Report on the cholera epidemic of
Year: 1868
Disease focus: Cholera
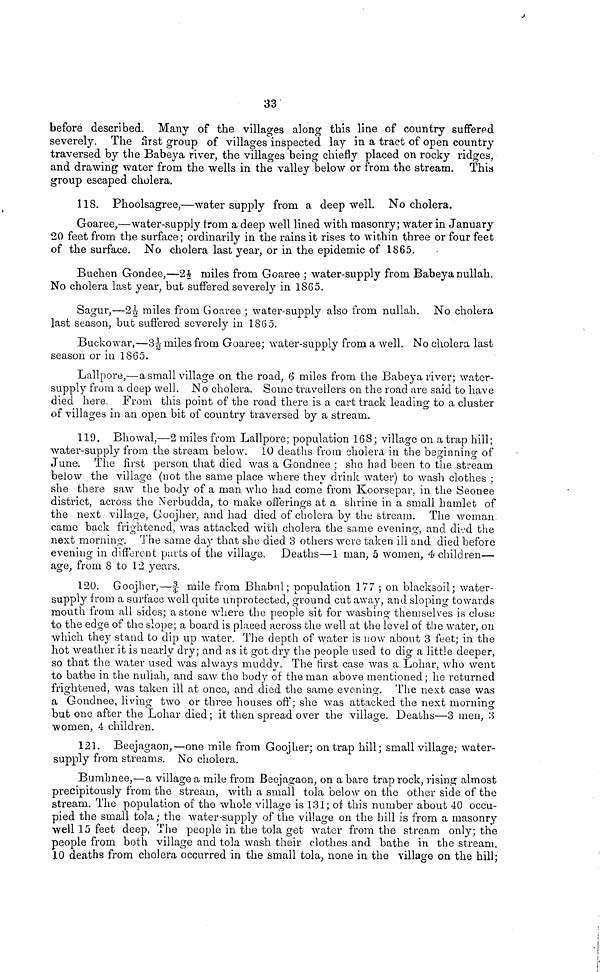
33
before described. Many of the villages along this line of country suffered
severely. The first group of villages inspected lay in a tract of open country
traversed by the Babeya river, the villages being chiefly placed on rocky ridges,
and drawing water from the wells in the valley below or from the stream. This
group escaped cholera.
118. Phoolsagree,—water supply from a deep well. No cholera.
Goaree,—water-supply from a deep well lined with masonry; water in January
20 feet from the surface; ordinarily in the rains it rises to within three or four feet
of the surface. No cholera last year, or in the epidemic of 1865.
Buchen Gondee,—2½ miles from Goaree ; water-supply from Babeya nullah.
No cholera last year, but suffered severely in 1865.
Sagur,—2½ miles from Goaree ; water-supply also from nullah. No cholera
last season, but suffered severely in 1865.
Bucko war,—3½ miles from Goaree; water-supply from a well. No cholera last-
season or in 1865.
Lallpore,—a small village on the road, 6 miles from the Babeya river; water-
supply from a deep well. No cholera. Some travellers on the road are said to have
died here. From this point of the road there is a cart track leading to a cluster
of villages in an open bit of country traversed by a stream.
119. Bhowal,—2 miles from Lallpore; population 168; village on a trap hill;
water-supply from the stream below. 10 deaths from cholera in the beginning of
June. The first person that died was a Gondnee ; she had been to the stream
below the village (not the same place where they drink water) to wash clothes ;
she there saw the body of a man who had come from Koorsepar, in the Seonee
district, across the Nerbudda, to make offerings at a shrine in a small hamlet of
the next village, Goojher, and had died of cholera by the stream. The woman
came back frightened, was attacked with cholera the same evening, and died the
next morning. The same day that she died 3 others were taken ill and died before
evening in different parts of the village. Deaths—1 man, 5 women, 4 children—
age, from 8 to 12 years.
120. Goojher,—¾ mile from Bhabul; population 177 ; on blacksoil; water-
supply from a surface well quite unprotected, ground cut away, and sloping towards
mouth from all sides; a stone where the people sit for washing themselves is close
to the edge of the slope; a board is placed across the well at the level of the water, on
which they stand to dip up water. The depth of water is now about 3 feet; in the
hot weather it is nearly dry; and as it got dry the people used to dig a little deeper,
so that the water used was always muddy. The first case was a Lohar, who went
to bathe in the nullah, and saw the body of the man above mentioned; he returned
frightened, was taken ill at once, and died the same evening. The next case was
a Goridnee, living two or three houses off ; she was attacked the next morning
but one after the Lohar died ; it then spread over the village. Deaths—3 men, 3
women, 4 children.
121. Beejagaon,—one mile from Goojher; on trap hill; small village; water-
supply from streams. No cholera.
Bumhnee,—a village a mile from Beejagaon, on a bare trap rock, rising almost
precipitously from the stream, with a small tola below on the other side of the
stream. The population of the whole village is 131; of this number about 40 occu-
pied the small tola; the water-supply of the village on the hill is from a masonry
well 15 feet deep. The people in the tola get water from the stream only; the
people from both village and tola wash their clothes and bathe in the stream.
10 deaths from cholera occurred in the small tola, none in the village on the hill;